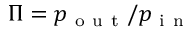
\Pi = p _ { \mathrm { ~ o ~ u ~ t ~ } } / p _ { \mathrm { ~ i ~ n ~ } }